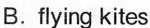
B.flying kites